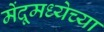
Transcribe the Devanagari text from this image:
मेंदूमध्येच्या